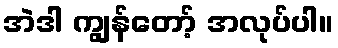
အဲဒါ ကျွန်တော့် အလုပ်ပါ။